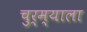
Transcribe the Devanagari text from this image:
चुर्म्याला